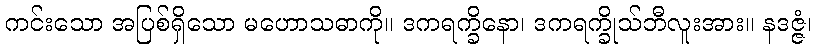
ကင်းသော အပြစ်ရှိသော မဟောသဓာကို။ ဒကရက္ခိနော၊ ဒကရက္ခိုသ်ဘီလူးအား။ နဒဇ္ဇံ၊